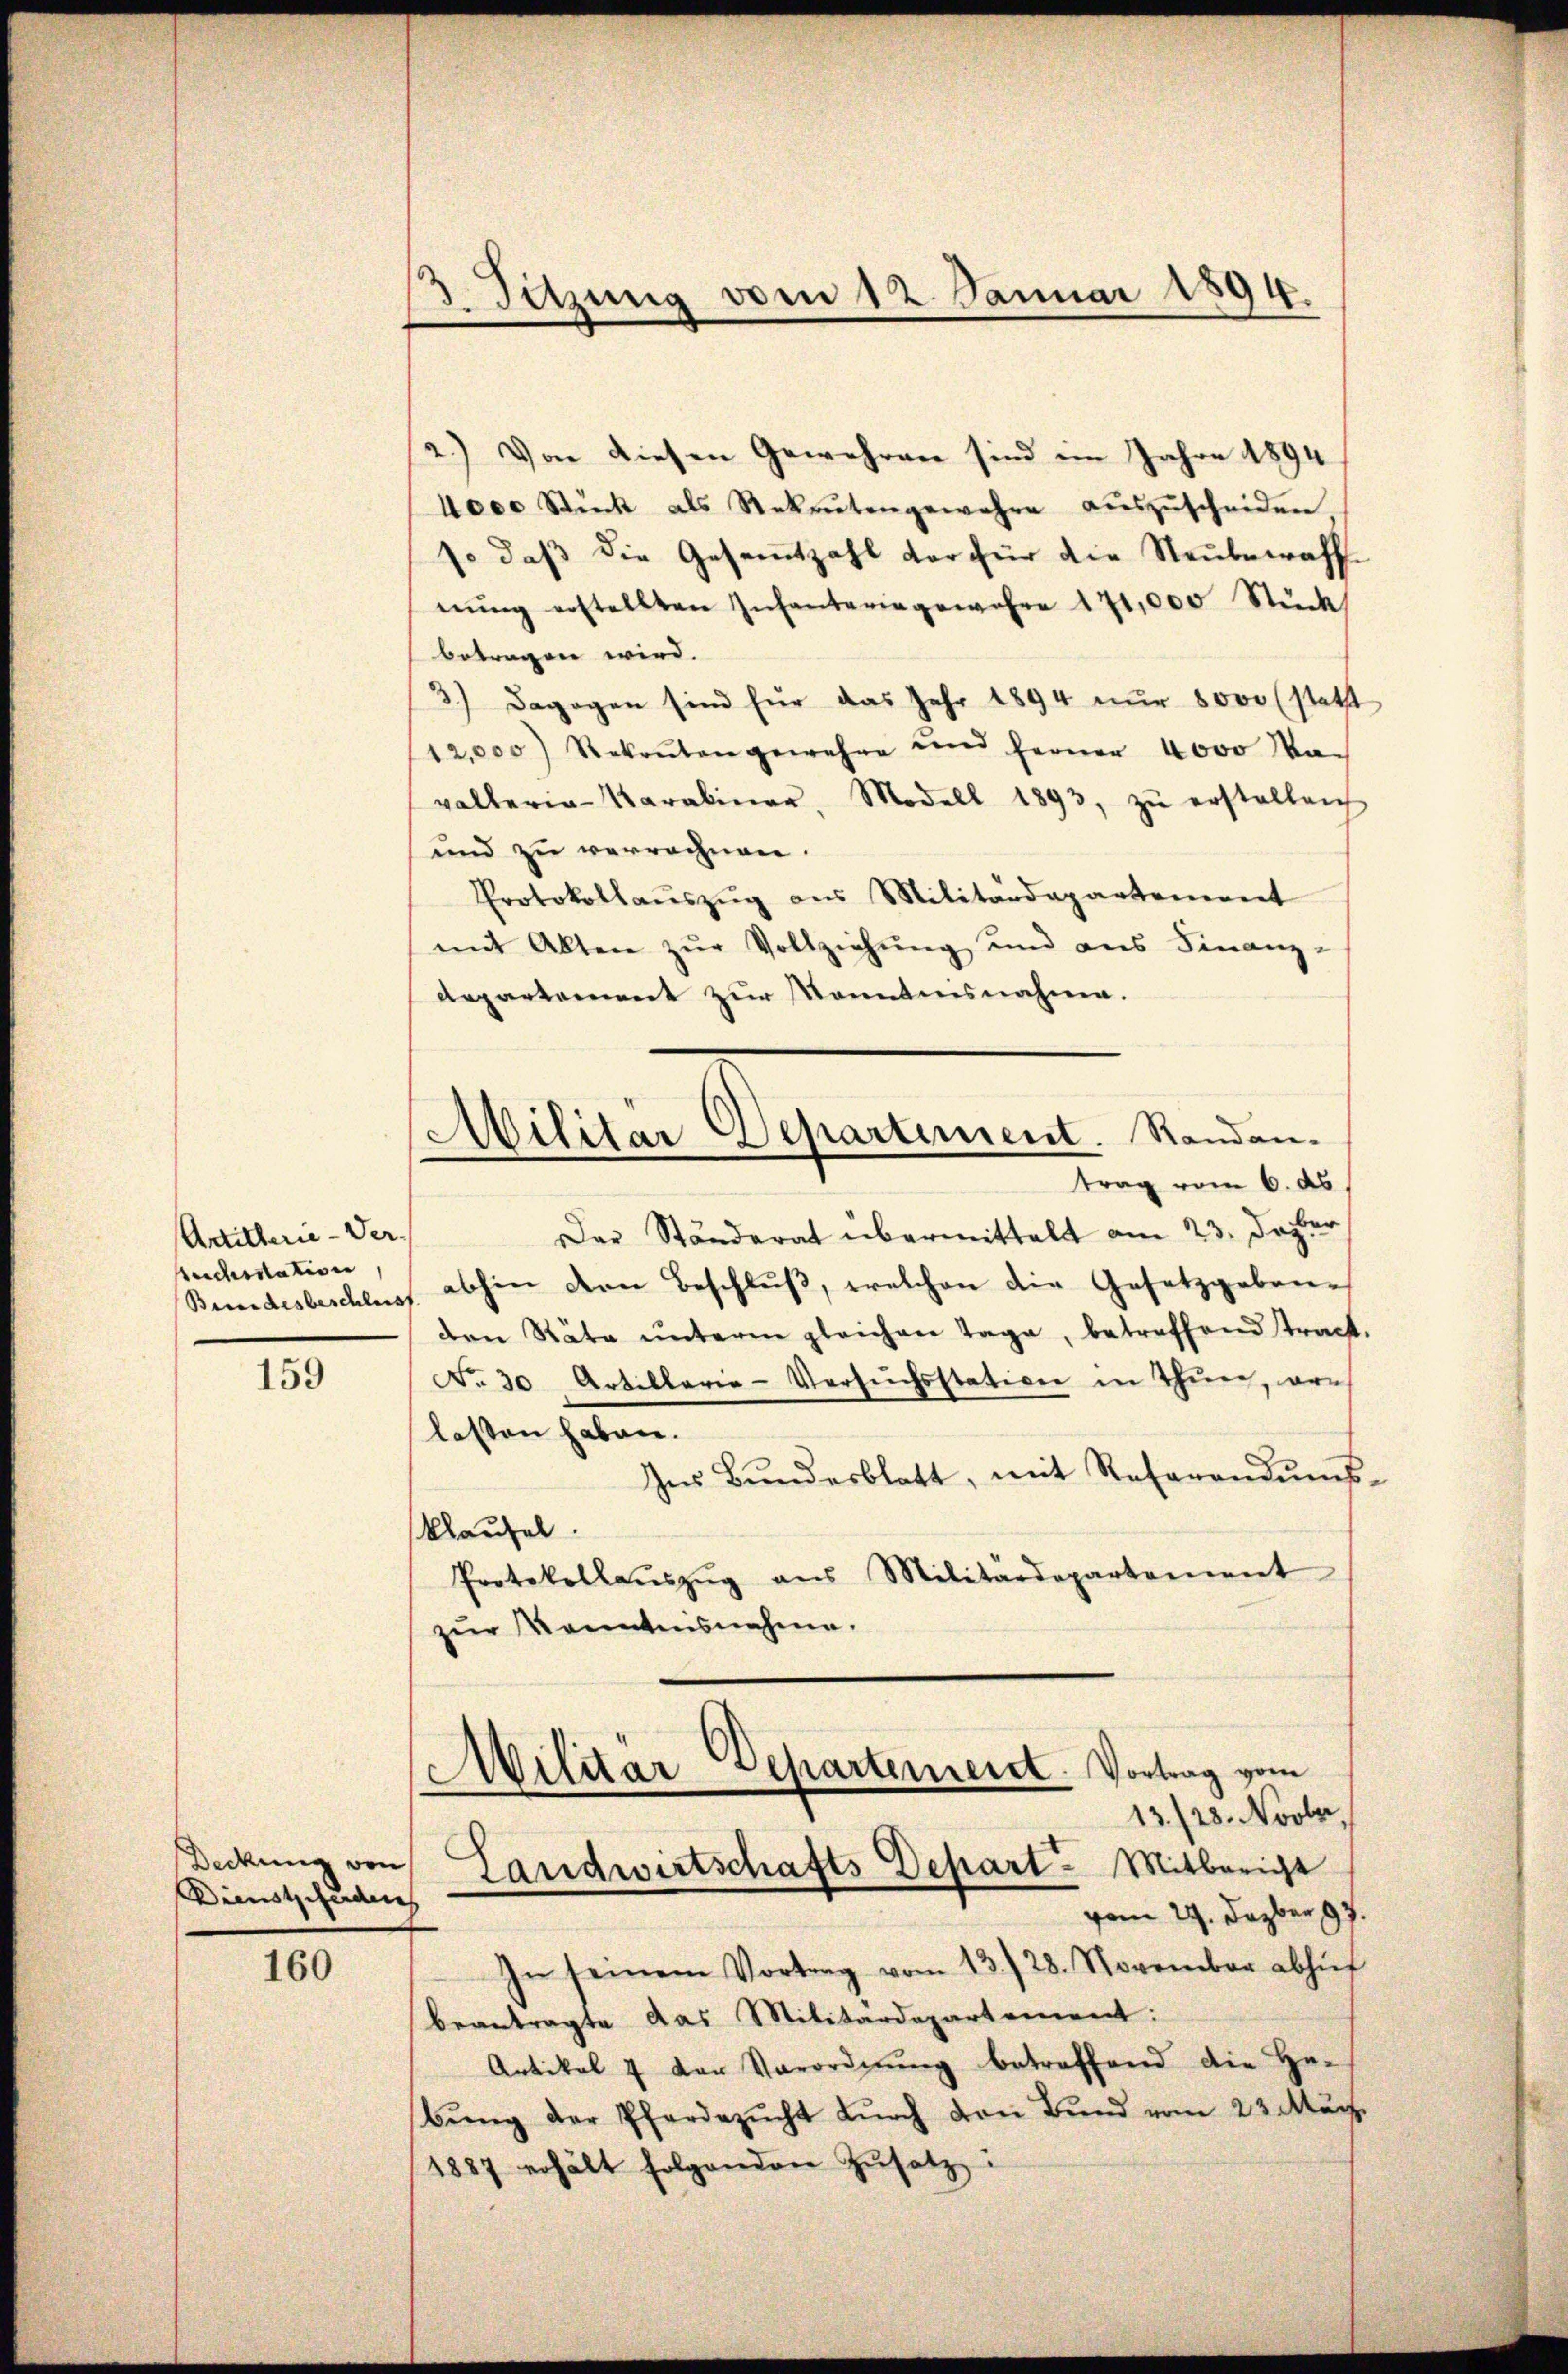
Artillerie-Ver.
recherstation

159

Dienstgefunden

160

Sitzung vom 12. Januar 1894.

2.) Von diesen Gewehren sind im Jahre 1894
4000 Stück als Rekrutengewahre auszuscheiden
so daß die Gesammtzahl der für die Neubewaffnŭng erstellten Infanteringewahre 171,000 Stück
betragen wird.
3.) Dagegen sind für das Jahr 1894 nŭr 8000 (statt
12,000 Rekruten gewehre und ferner 4000 Ma-
valleria-Varabiner, Modell 1893, zŭ erstelleich
und zu verrechnen.
Protokollaŭszŭg aŭs Militärdepartement
mit Alten zŭr Vollziehŭng und ans Finanz-
departement zur Kenntnisnahme.
Der Ständerat übermittelt am 23. Dezter
Bundesbeschluss abhin den Beschlŭβ, welchen die Gesetzgeben-
den Räte ŭnterm gleichen Tage, betreffend tract.
No 30 Artillarie-Versuchsstation in Thun, ers
lassen haben.
Ins Bŭndesblatt, mit Referandŭms-
klaufel.
Protokollaŭszŭg ans Militärdepartement
zur Kenntnisnahme.
ilitar Departement. Vortrag vom
13./23. Novbr.
Deckung von Landwirtschafts Depart. Mitbericht
vom 29. Dazber 197.
In seinem Vortrag vom 13./28. November abhief
beantragte das Militärdepartement:
Artikel 7 der Verordnŭng betreffend die Hebŭng der Pferdezŭcht dŭrch von Bund vom 23. März
1887 erhält folgenden Zŭsatz:

Militär Departement. Randantrag vom 6. ds